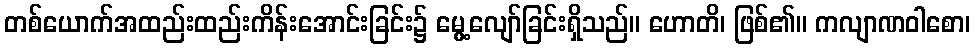
တစ်ယောက်အထည်းထည်းကိန်းအောင်းခြင်း၌ မွေ့လျော်ခြင်းရှိသည်။ ဟောတိ၊ ဖြစ်၏။ ကလျာဏဝါစော၊